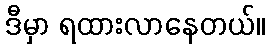
ဒီမှာ ရထားလာနေတယ်။